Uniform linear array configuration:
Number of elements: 12
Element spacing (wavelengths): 0.75
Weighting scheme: cosine
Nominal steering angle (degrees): -30
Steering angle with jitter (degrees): -30.732
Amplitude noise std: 0.05
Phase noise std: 0.05

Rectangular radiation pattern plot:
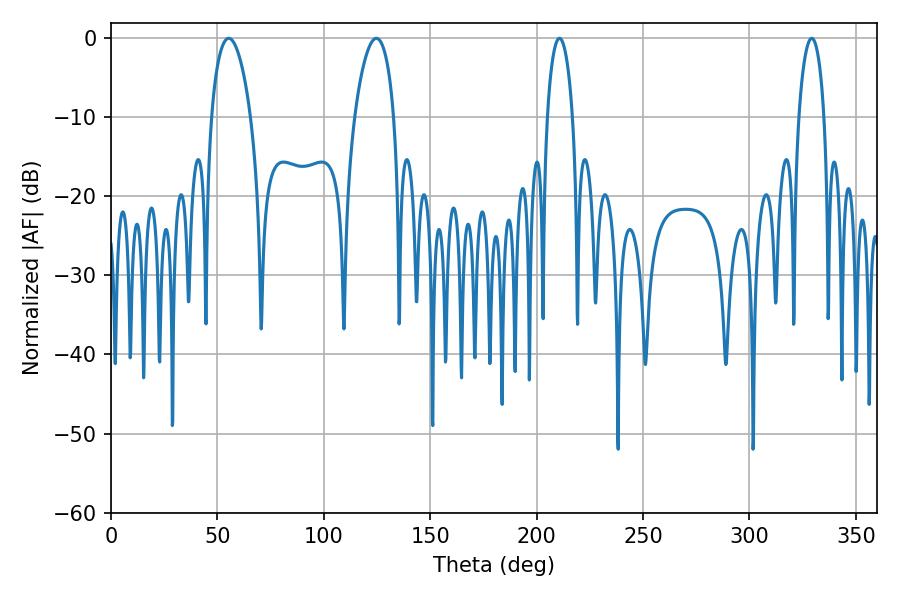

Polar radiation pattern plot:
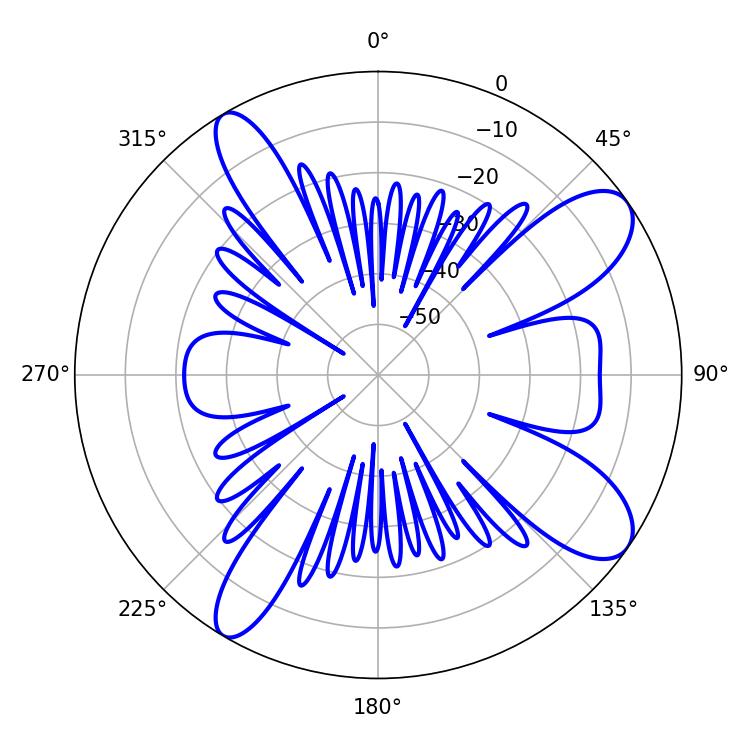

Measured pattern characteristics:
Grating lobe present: TRUE
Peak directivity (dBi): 10.06
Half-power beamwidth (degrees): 10.44
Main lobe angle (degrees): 55.26